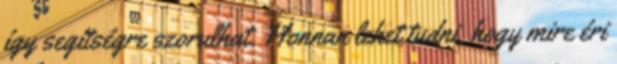
így segítségre szorulhat. Honnan lehet tudni, hogy mire éri